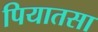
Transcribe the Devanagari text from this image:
पियातसा